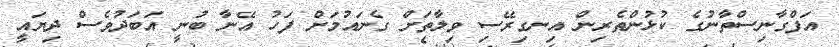
އަފްގާނިސްތާނުގެ ކުޅުންތެރިން އިނގިރޭސި ވިލާތަށް ގެނައުމަށް ފަހު އޭނާ ބުނީ އަބަދުވެސް ދިޔައީ